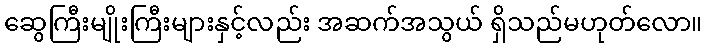
ဆွေကြီးမျိုးကြီးများနှင့်လည်း အဆက်အသွယ် ရှိသည်မဟုတ်လော။